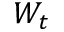
W _ { t }